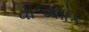
વીજશોક